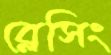
ব্লেসিং